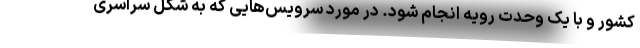
کشور و با یک وحدت رویه انجام شود. در مورد سرویس‌هایی که به شکل سراسری